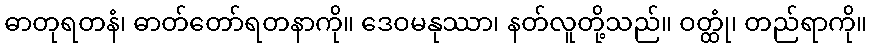
ဓာတုရတနံ၊ ဓာတ်တော်ရတနာကို။ ဒေဝမနုဿာ၊ နတ်လူတို့သည်။ ဝတ္ထုံ၊ တည်ရာကို။